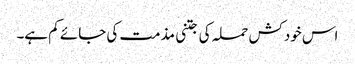
اس خودکش حملہ کی جتنی مذمت کی جائے کم ہے۔